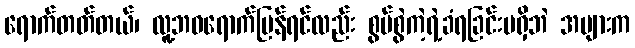
ရောက်တတ်တယ်၊ လူ့ဘဝရောက်ပြန်ရင်လည်း စွပ်စွဲကဲ့ရဲ့ခံရခြင်းမရှိဘဲ အများက